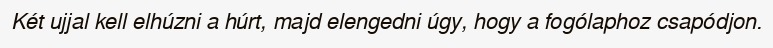
Két ujjal kell elhúzni a húrt, majd elengedni úgy, hogy a fogólaphoz csapódjon.